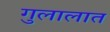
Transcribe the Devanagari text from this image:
गुलालात